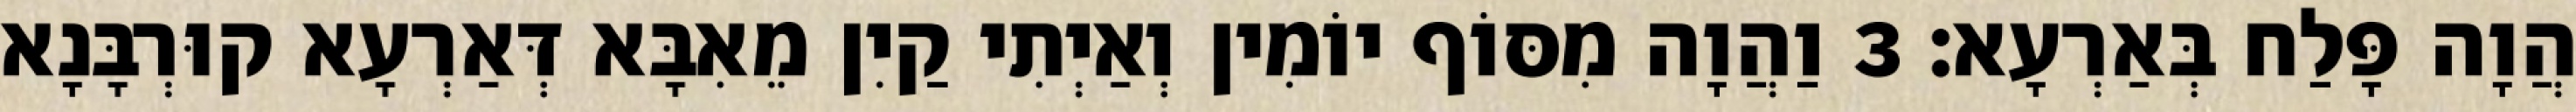
הֲוָה פָּלַח בְּאַרְעָא׃ 3 וַהֲוָה מִסּוֹף יוֹמִין וְאַיְתִי קַיִן מֵאִבָּא דְּאַרְעָא קוּרְבָּנָא